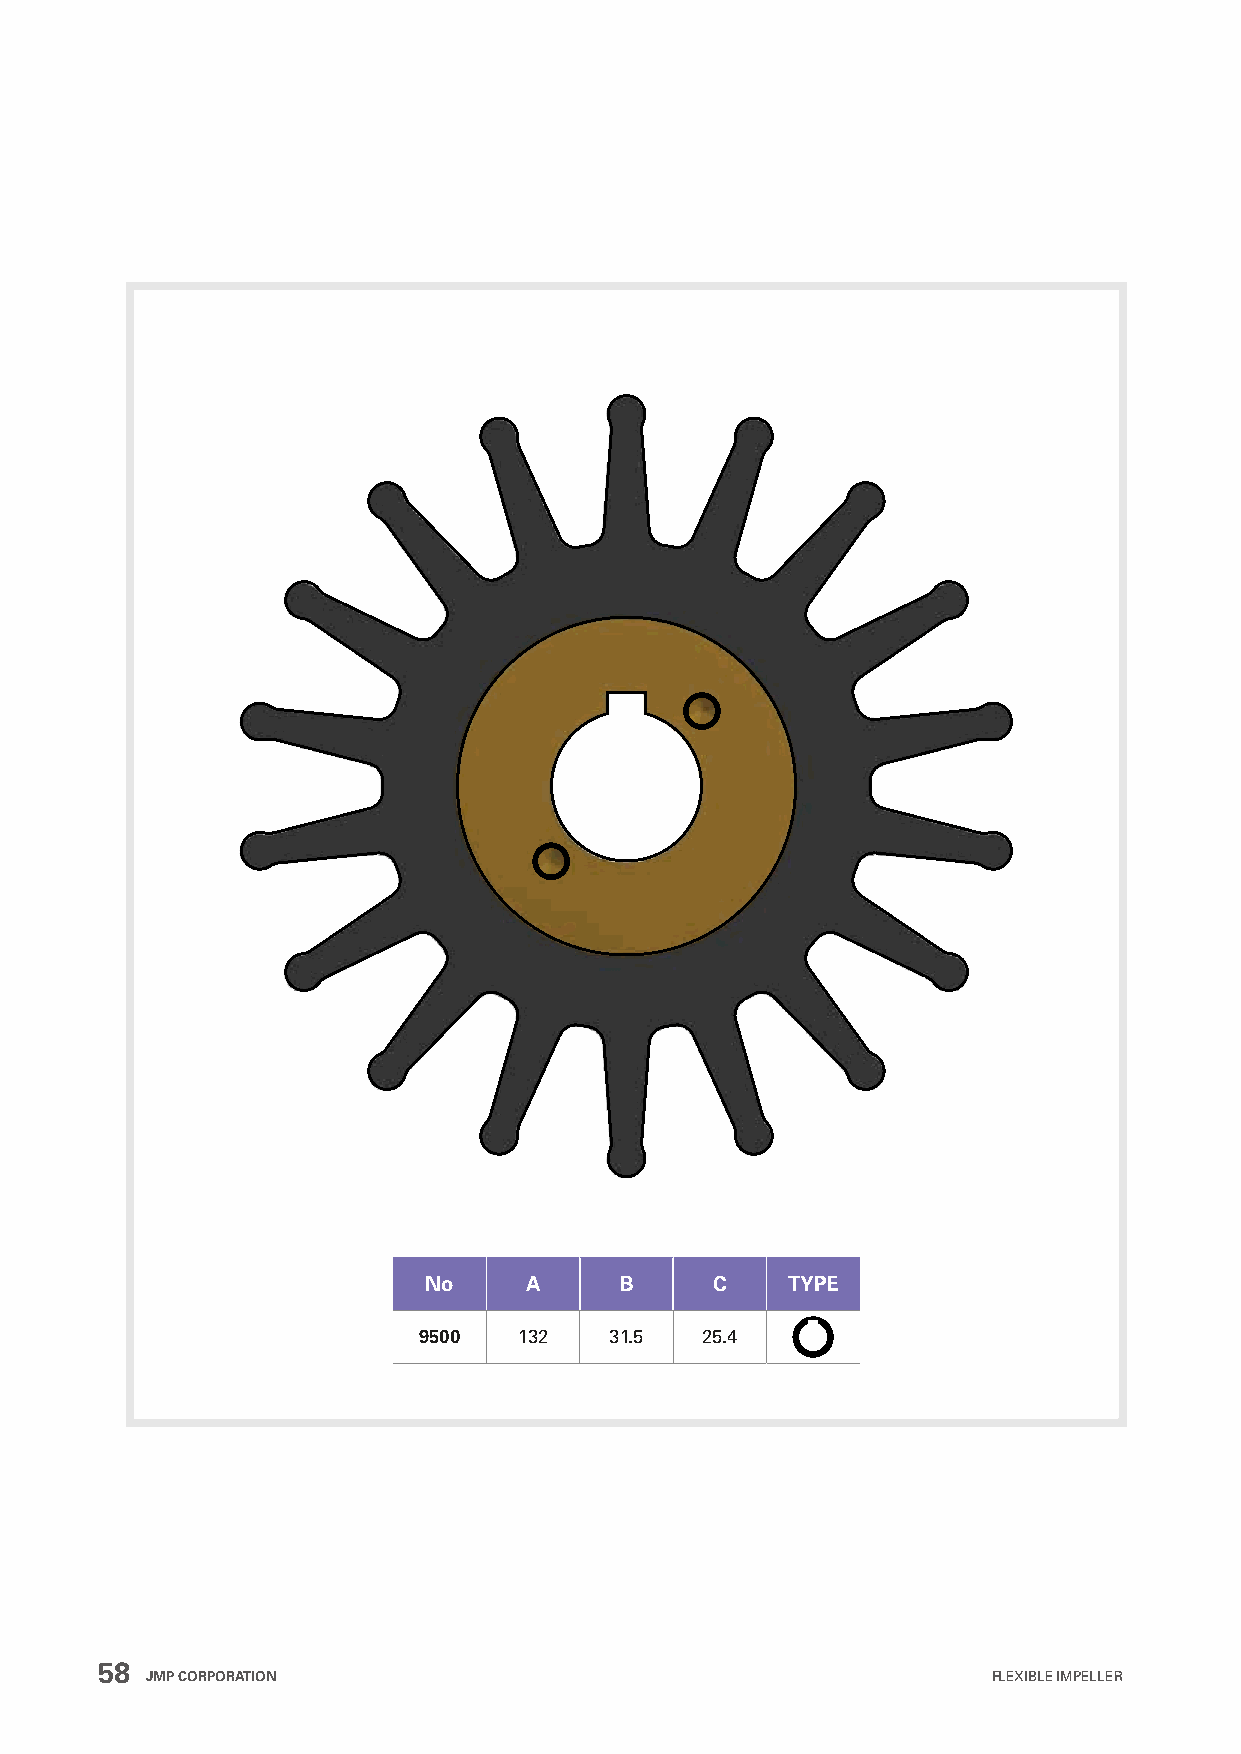
No     A     B     C    TYPE
 9500  132   31.5  25.4
 58
 JMP CORPORATION                                         FLEXIBLE IMPELLER